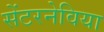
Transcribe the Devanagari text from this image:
सेंटरनेविया